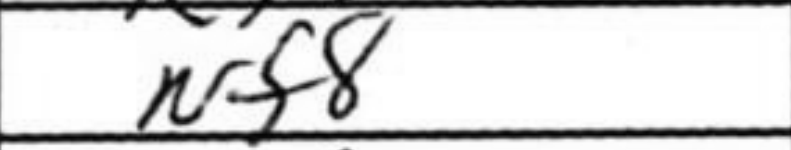
Transcription: Nf8